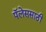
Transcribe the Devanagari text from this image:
पॅलेससाठी